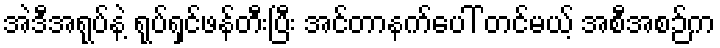
အဲဒီအရုပ်နဲ့ ရုပ်ရှင်ဖန်တီးပြီး အင်တာနက်ပေါ် တင်မယ့် အစီအစဉ်က